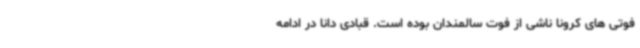
فوتی های کرونا ناشی از فوت سالمندان بوده است. قبادی دانا در ادامه